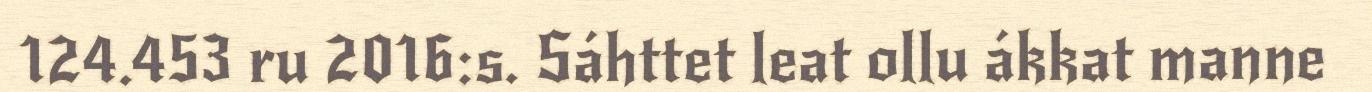
124.453 ru 2016:s. Sáhttet leat ollu ákkat manne